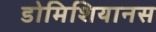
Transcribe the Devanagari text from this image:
डोमिशियानस